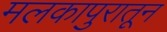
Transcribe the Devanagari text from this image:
मलकापुरातून